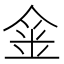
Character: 𨥄